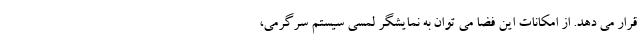
قرار می دهد. از امکانات این فضا می توان به نمایشگر لمسی سیستم سرگرمی،